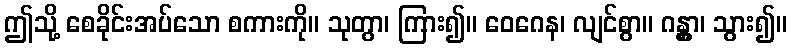
ဤသို့ စေခိုင်းအပ်သော စကားကို။ သုတွာ၊ ကြား၍။ ဝေဂေန၊ လျင်စွာ။ ဂန္တွာ၊ သွား၍။